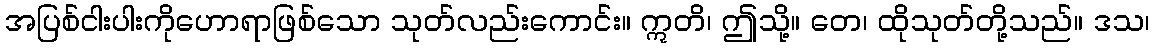
အပြစ်ငါးပါးကိုဟောရာဖြစ်သော သုတ်လည်းကောင်း။ ဣတိ၊ ဤသို့။ တေ၊ ထိုသုတ်တို့သည်။ ဒသ၊